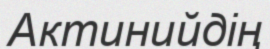
Актинийдің